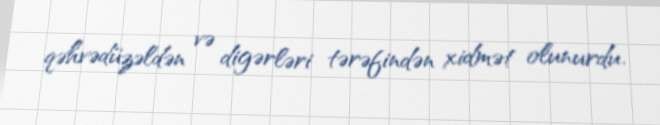
qəhvədüzəldən və digərləri tərəfindən xidmət olunurdu.